King Institute of Preventive Medicine Micro-Biological Section reports 1912-19
Year: 1912
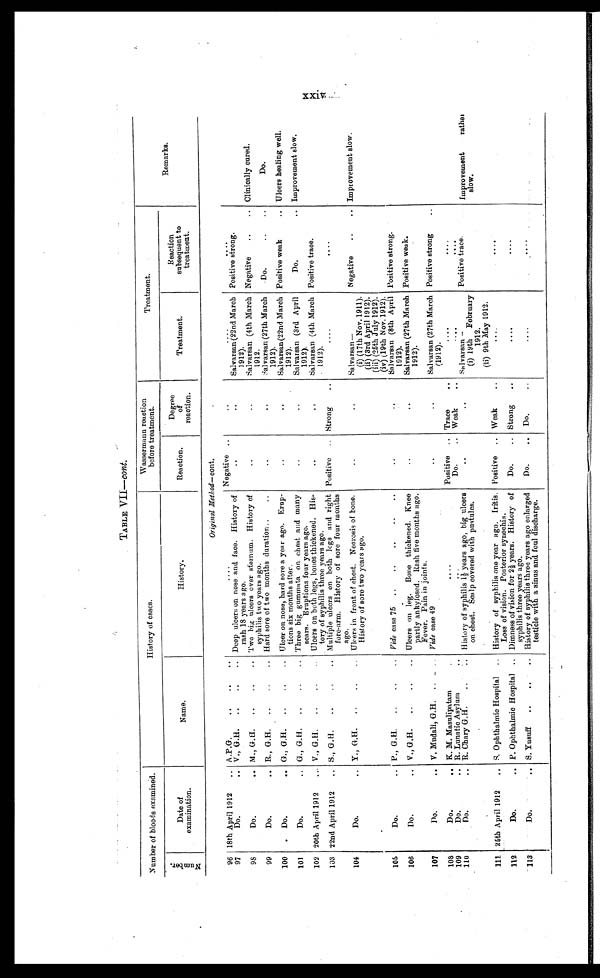
TABLE VII—cont.
Number of bloods examined.
History of cases.
Wassermann reaction
before treatment.
Treatment.
Remarks.
N u m b e r .
Date of
examination.
Name.
History.
Reaction.
Degree
of
reaction.
Treatment.
Reaction
subsequent to
treatment.
Original Method—cont.
96 18th April 1912 . . . A.P.G. . . .
. . .
Negative . . .
. . .
. . .
. . .
97
Deep ulcers on nose and face. History of
rash 18 years ago.
Positive strong.
V., G.H. . . .
Salvarsan (22nd March
1912).
Do. . . .
. . .
. . .
98
Do. . . . M., G.H. . . .
. . .
. . .
Negative . . .
Clinically cured.
Two big ulcers over sternum. History of
syphilis two years ago.
Salvarsan (4th March
1912.
99
Do. . . . R. G.H. . . .
Hard sore of two months duration . . .
. . .
. . .
Salvarsan (27th March
1912).
Do. . . .
Do.
100
Do. . . . G., G.H. . . .
Ulcer on nose, hard sore a year ago. Erup-
lions six months after.
. . .
. . .
Positive weak . . .
Ulcers healing well.
Salvarsan(22nd March
1912).
101
Do. . . . G., G.H. . . .
. . .
. . .
Do. . . . Improvement slow.
Three big gummata on chest and man
sears. Eruptions four years ago.
S a l v a r s a n ( 3 r d
A p r i l
1912).
102 20th April 1912
V., G.H. . . .
. . .
. . .
Positive trace.
Ulcers on both legs. b o n e s t h i c k e n e d .
H i s -
legs,
tory of syphilis three years ago.
Salvarsan (4th March
. 1912).
103 22nd April 1912 . . . S., G. H . . . .
Positive . . . Strong . . .
. . .
Multiple ulcers on both legs and right
fore-arm. History of sore four months
ago.
. . .
104
Do. . . . Y., G.H. . . .
Ulcers in front of chest. Necrosis of bone.
History of sore two years ago.
. . .
. . .
S a l v a r s a n —
Negative . . .
Improvement slow.
(i) (17th Nov. 1911).
105
D o . . . .
P., G.H. . . .
. . .
. . .
(ii) (3rd April 1912).
Vide case 75 . . .
(iii) (25th July 1912).
(iv) (19th Nov. 1912).
Positive strong.
Salvarsan (8th April
1912).
106
Do. . . . V., G.H. . . . .
Ulcers on leg.
Bone thickened. Kne
partly ankylosed. Rash five months ago.
Fever. Pain in joints.
. . .
. . .
Positive weak.
Salvarsan (27th March
1912).
107
Do. . . . V. Mudali, G.H. . . .
. . .
. . .
Saarsan (27th March
(1912).
Positive strong . . .
Vide case 4
108
Do. . . . K. M. Masulipatam . . .
. . .
Positive . . . Trace . . .
. . .
. . .
109
Do. . . . R. Lunatic Asylum . . .
. . .
Do. . . .
. . .
Weak . . .
. . .
110
Do. . . . R. Chary G.H. . . .
History of syphilis 1½ years ago, big ulcers
on chest. Scalp covered with pustules.
. . .
. . .
S a l v a r s a n —
Positive trace.
Improvement
rather
slow.
(i) 19th February
1912.
111 25th April 1912
. . . S. Ophthalmic Hospital . . .
Positive . . . Weak . . .
. . .
History of syphilis one year ago. Iritis.
Loss of vision. Posterior synechia.
(ii) 9th May 1912.
. . .
112
Do.
.. P. Ophthalmic Hospital . . .
Do. . . . Strong . . .
. . .
. . .
Dimness of vision for 2½ years. History of
syphilis three years ago.
113
Do. . . . S. Yusuff . . .
Do. . . .
Do. . . .
. . .
. . .
History of syphilis three years ago enlarged
testicle with a sinus and foul disċharge.